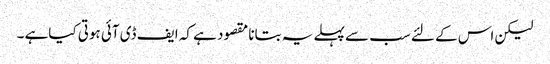
لیکن اس کے لئے سب سے پہلے یہ بتانا مقصود ہے کہ ایف ڈی آئی ہوتی کیاہے ۔